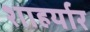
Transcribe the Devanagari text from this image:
शाहर्यार